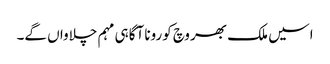
اسیں ملک بھر وچ کورونا آگاہی مہم چلاواں گے۔